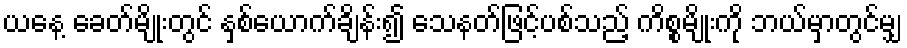
ယနေ့ ခေတ်မျိုးတွင် နှစ်ယောက်ချိန်း၍ သေနတ်ဖြင့်ပစ်သည့် ကိစ္စမျိုးကို ဘယ်မှာတွင်မျှ